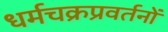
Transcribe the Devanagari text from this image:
धर्मचक्रप्रवर्तनों